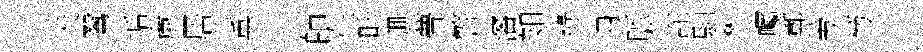
夫鷖逅亷居薫理師在畦逥瞢警瀋如綠身脈詫馴彬囑鄣勞笏